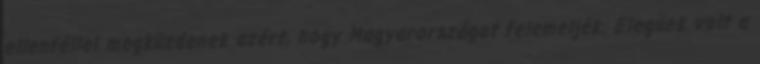
ellenféllel megküzdenek azért, hogy Magyarországot felemeljék. Elegünk volt a